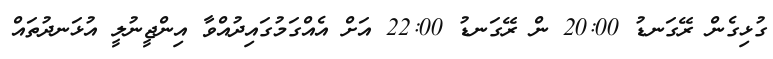
ގުޅިގެން ރޭގަނޑު 20:00 ން ރޭގަނޑު 22:00 އަށް އެއްގަމުގައިދުއްވާ އިންޖީނުލީ އުޅަނދުތައް